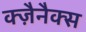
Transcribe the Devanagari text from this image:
क्ज़ैनैक्स